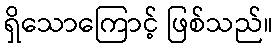
ရှိသောကြောင့် ဖြစ်သည်။